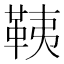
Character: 䩟